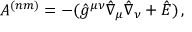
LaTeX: A ^ { ( n m ) } = - ( \hat { g } ^ { \mu \nu } \hat { \nabla } _ { \mu } \hat { \nabla } _ { \nu } + \hat { E } ) \, ,